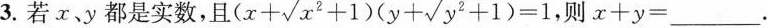
3.若x、y都是实数，且 $$(x+ \sqrt{x^{2}+1})(y+ \sqrt{y^{2}+1})=1$$, 则$$x+y=___$$。